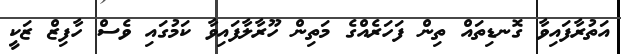
އަތުރާފައިވާ ގޮނޑިތައް ތިން ފަހަރެއްގެ މަތިން ހޫރާލާފައިވާ ކަމުގައި ވެސް ހާފިޒް ޒަކީ